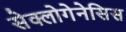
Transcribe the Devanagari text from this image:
सेक्लोगेनेसिस